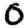
Digit: 0